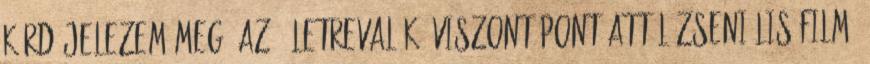
kérdőjelezem meg, az "Életrevalók" viszont pont attól zseniális film,